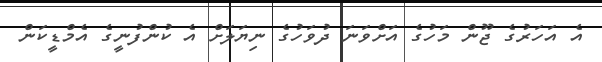
އެ އަހަރުގެ ޖޫން މަހުގެ އަށްވަނަ ދުވަހުގެ ނިޔަލަށް އެ ކުންފުނީގެ އެމްޑީކަން